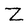
Character: Z